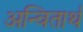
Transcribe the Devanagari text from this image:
अन्वितार्थ